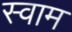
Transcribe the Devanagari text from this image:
स्वाम